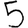
Digit: 5